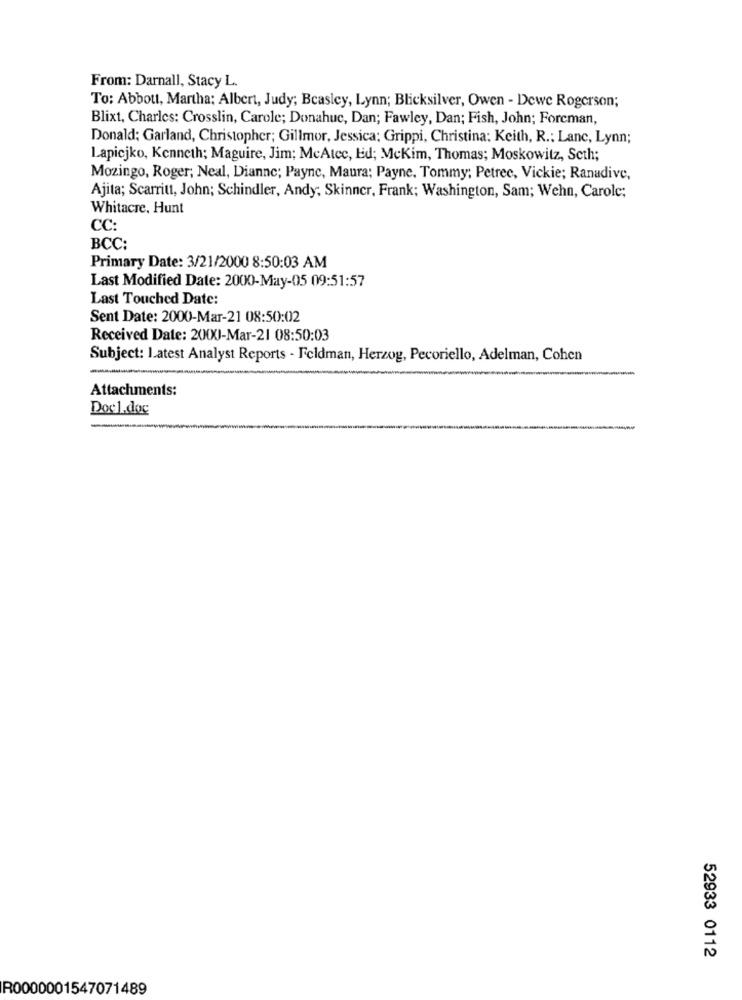
From: Darnall, Stacy L.
To: Abbott, Martha: Albert, Judy; Beasley, Lynn; Blicksilver, Owen - Dewe Rogerson;
Blixt, Charles: Crosslin, Carole; Donahue, Dan; Fawley, Dan; Fish, John; Forcman,
Donald; Garland, Christopher; Gillmor, Jessica; Grippi, Christina: Keith, R .: Lanc, Lynn;
Lapicjko, Kenneth; Maguire, Jim; MeAtec, Ed; McKim, Thomas; Moskowitz, Seth;
Mozingo, Roger; Neal, Dianne; Payne, Maura; Payne, Tommy; Petree, Vickie; Ranadive,
Ajita; Scarritt, John; Schindler, Andy; Skinner, Frank; Washington, Sam; Wehn, Carole;
Whitacre, Hunt
CC:
BCC:
Primary Date: 3/21/2000 8:50:03 AM
Last Modified Date: 2000-May-05 09:51:57
Last Touched Date:
Sent Date: 2000-Mar-21 08:50:02
Received Date: 200X)-Mar-21 08:50:03
Subject: Latest Analyst Reports - Feldman, Herzog, Pecoriello, Adelman, Cohen
-
Attachments:
Docl.doc
52933 0112
R0000001547071489